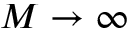
M \rightarrow \infty